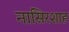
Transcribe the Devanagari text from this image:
नासिरशाह